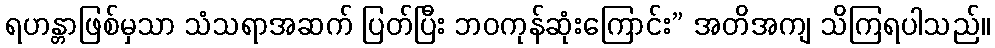
ရဟန္တာဖြစ်မှသာ သံသရာအဆက် ပြတ်ပြီး ဘဝကုန်ဆုံးကြောင်း” အတိအကျ သိကြရပါသည်။